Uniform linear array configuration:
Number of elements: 24
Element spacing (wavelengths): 1
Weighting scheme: cosine
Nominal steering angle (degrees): -60
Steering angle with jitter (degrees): -58.854
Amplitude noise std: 0.05
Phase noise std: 0.05

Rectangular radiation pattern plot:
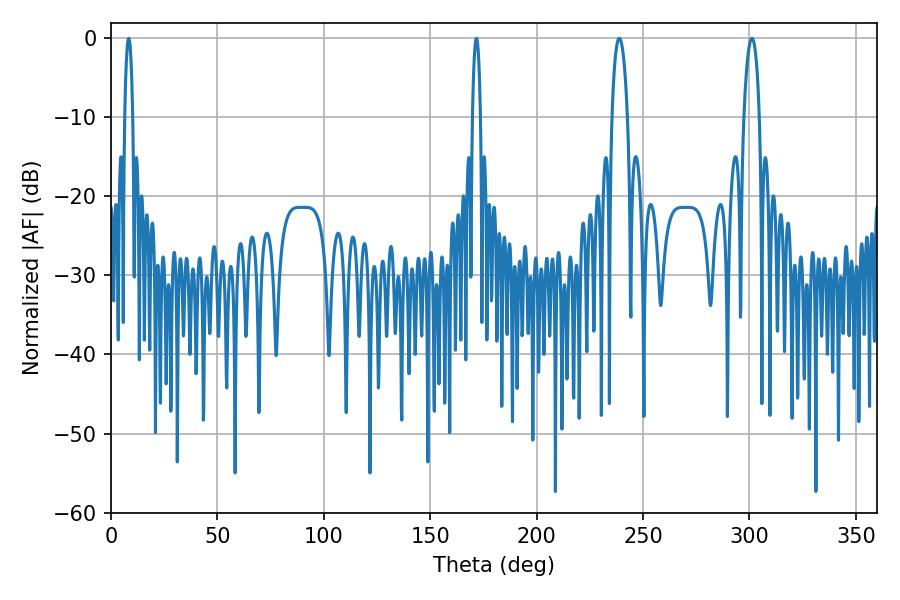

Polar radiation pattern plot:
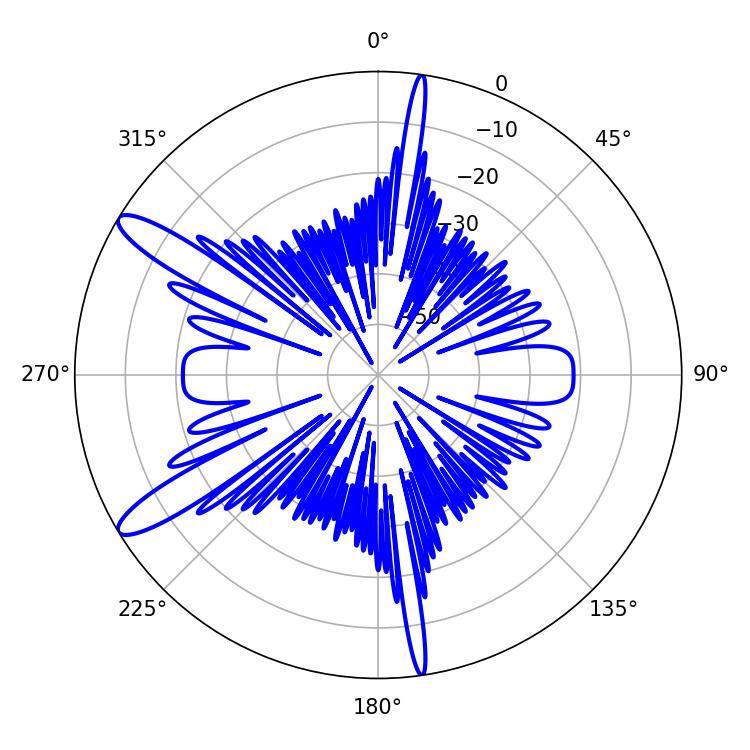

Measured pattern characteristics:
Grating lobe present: TRUE
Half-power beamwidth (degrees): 4.14
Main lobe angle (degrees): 238.86